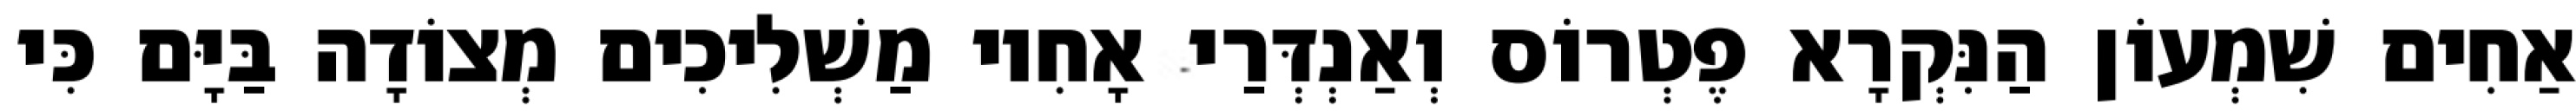
אַחִים שִׁמְעוֹן הַנִּקְרָא פֶטְרוֹס וְאַנְדְּרַי אָחִיו מַשְׁלִיכִים מְצוֹדָה בַּיָּם כִּי